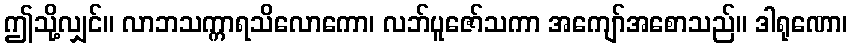
ဤသို့လျှင်။ လာဘသက္ကာရသိလောကော၊ လဘ်ပူဇော်သကာ အကျော်အစောသည်။ ဒါရုဏော၊